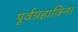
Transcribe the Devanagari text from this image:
पूर्वग्रहाविना